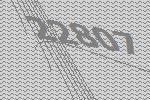
22807